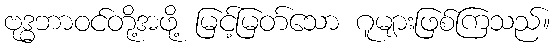
ဗုဒ္ဓဘာဝင်တို့အဖို့ မြင့်မြတ်သော ဂူများဖြစ်ကြသည်။